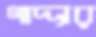
গাদ্দার